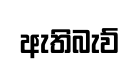
ඇතිබැව්